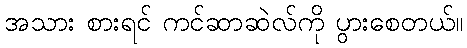
အသား စားရင် ကင်ဆာဆဲလ်ကို ပွားစေတယ်။